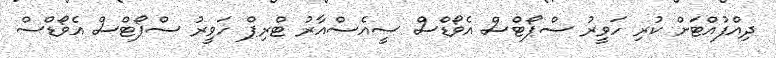
ދިއްފުއްޓަށް ކުރި ހަވީރު ސްޕޯޓްސް އެވޯޑްސް ސީއެސްއާރު ޓްރިޕް ހަވީރު ސްޕޯޓްސް އެވޯޑްސް